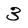
Character: 3